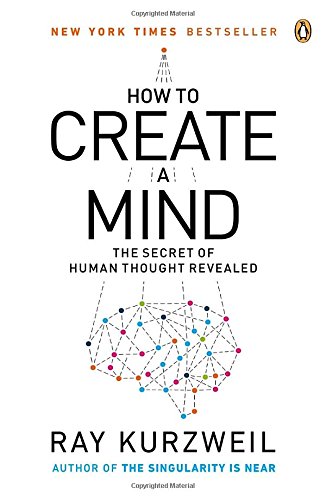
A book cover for How to Create a Mind: The Secret of Human Thought Revealed; Ray Kurzweil; Computers & Technology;